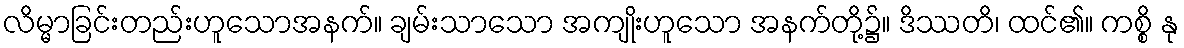
လိမ္မာခြင်းတည်းဟူသောအနက်။ ချမ်းသာသော အကျိုးဟူသော အနက်တို့၌။ ဒိဿတိ၊ ထင်၏။ ကစ္စိ နု